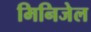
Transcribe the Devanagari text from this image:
मिनिजेल